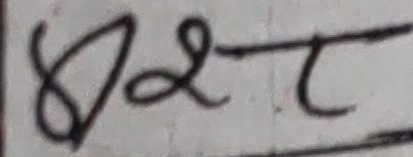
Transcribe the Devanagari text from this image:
८ श ट